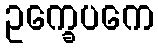
ဥက္ခေပကေ